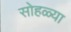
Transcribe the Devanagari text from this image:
सोहळ्या